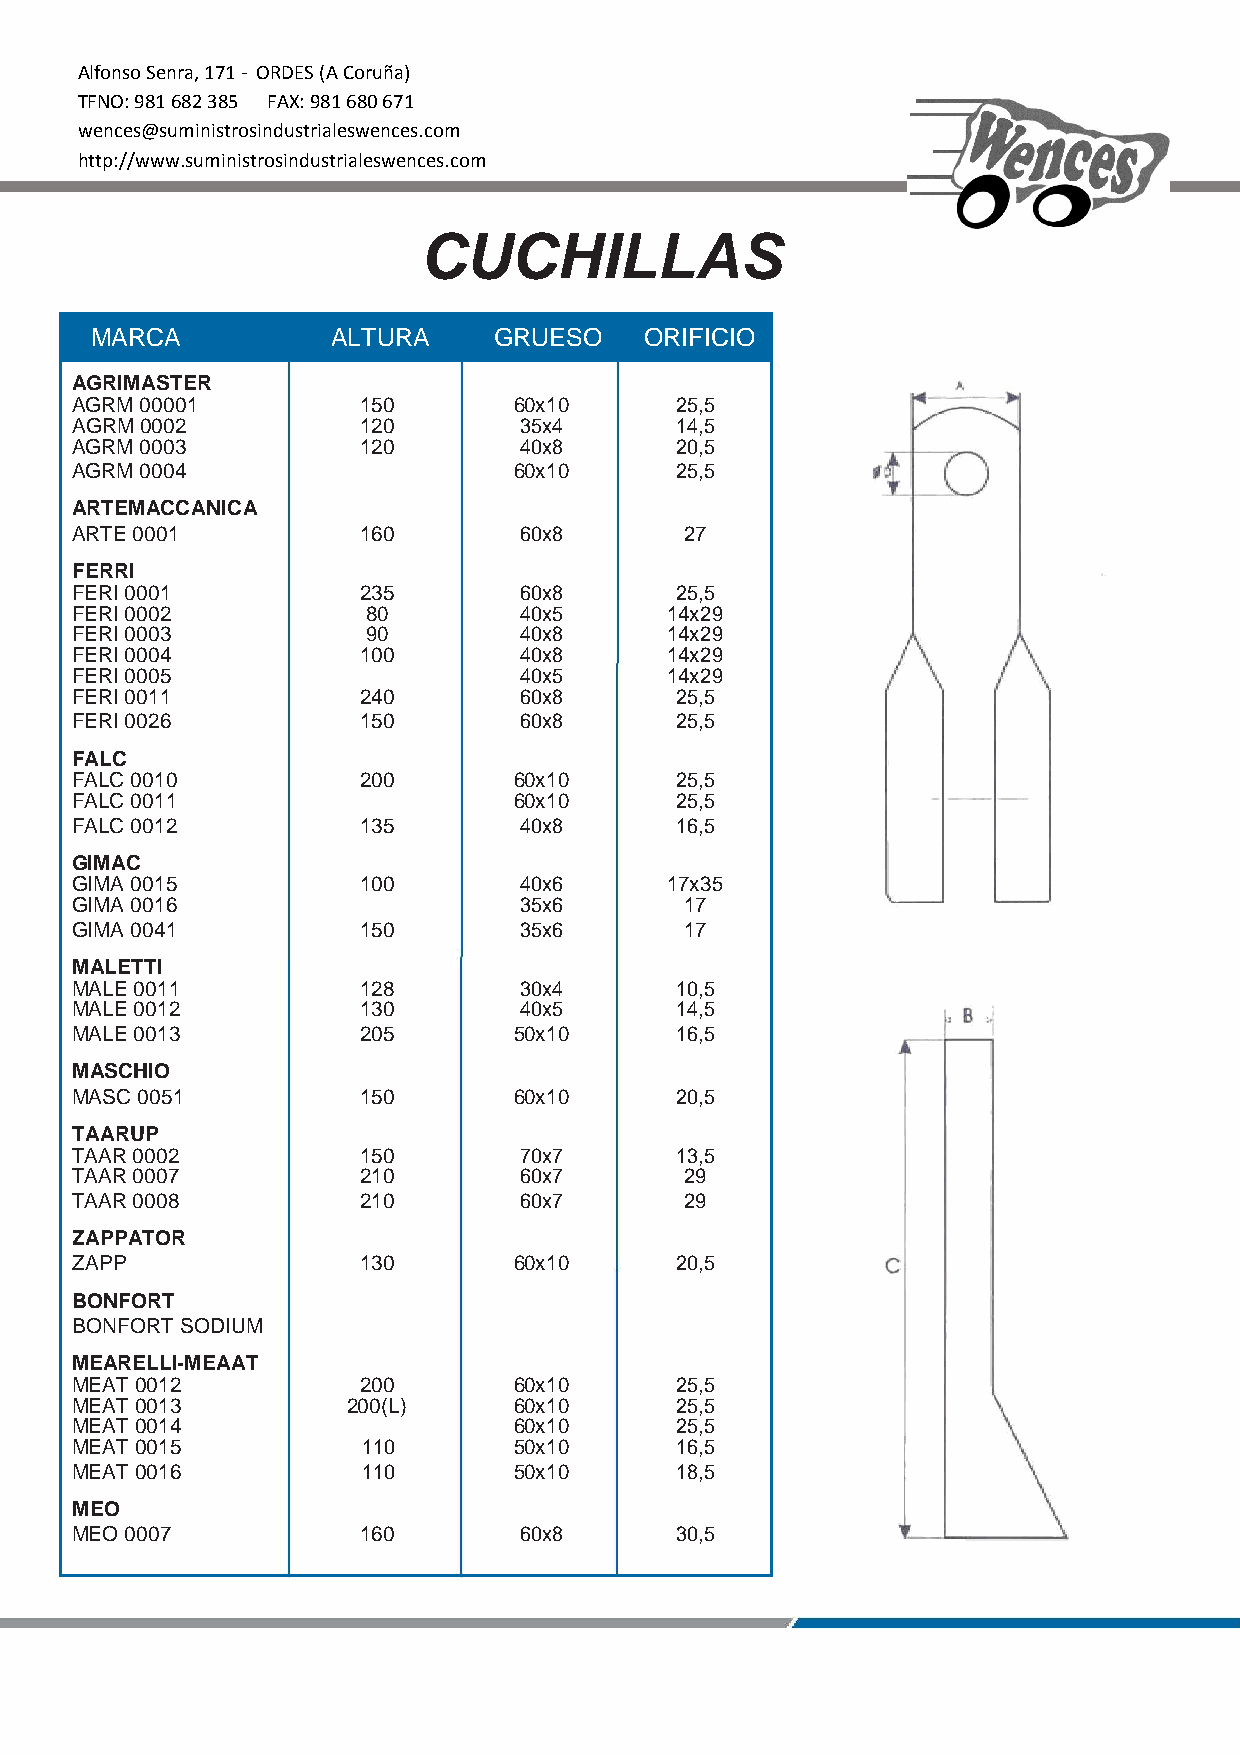
Alfonso Senra, 171 - ORDES (A Coruña)
 TFNO: 981 682 385 FAX: 981 680 671
 wences@suministrosindustrialeswences.com
 http://www.suministrosindustrialeswences.com
 CUCHILLAS
 MARCA           ALTURA     GRUESO    ORIFICIO
 AGRIMASTER
 AGRM 00001         150       60x10      25,5
 AGRM 0002          120       35x4       14,5
 AGRM 0003          120       40x8       20,5
 AGRM 0004                    60x10      25,5
 ARTEMACCANICA
 ARTE 0001          160       60x8       27
 FERRI
 FERI 0001          235       60x8       25,5
 FERI 0002          80        40x5      14x29
 FERI 0003          90        40x8      14x29
 FERI 0004          100       40x8      14x29
 FERI 0005                    40x5      14x29
 FERI 0011          240       60x8       25,5
 FERI 0026          150       60x8       25,5
 FALC
 FALC 0010          200       60x10      25,5
 FALC 0011                    60x10      25,5
 FALC 0012          135       40x8       16,5
 GIMAC
 GIMA 0015          100       40x6      17x35
 GIMA 0016                    35x6       17
 GIMA 0041          150       35x6       17
 MALETTI
 MALE 0011          128       30x4       10,5
 MALE 0012          130       40x5       14,5
 MALE 0013          205       50x10      16,5
 MASCHIO
 MASC 0051          150       60x10      20,5
 TAARUP
 TAAR 0002          150       70x7       13,5
 TAAR 0007          210       60x7       29
 TAAR 0008          210       60x7       29
 ZAPPATOR
 ZAPP               130       60x10      20,5
 BONFORT
 BONFORT SODIUM
 MEARELLI-MEAAT
 MEAT 0012          200       60x10      25,5
 MEAT 0013         200(L)     60x10      25,5
 MEAT 0014                    60x10      25,5
 MEAT 0015          110       50x10      16,5
 MEAT 0016          110       50x10      18,5
 MEO
 MEO 0007           160       60x8       30,5